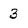
Character: 3